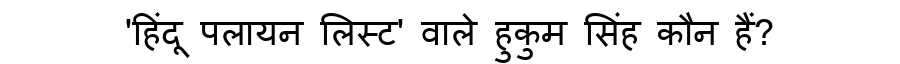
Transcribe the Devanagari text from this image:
'हिंदू पलायन लिस्ट' वाले हुकुम सिंह कौन हैं?